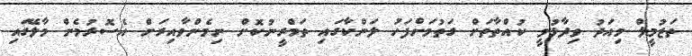
ތަޒުމީލް މިއަދު ވިދާޅުވީ ކުއްތާތަށް ގަތުމަށްފަހު ލަންކާގައި ތަމްރީނުކޮށް ނިމެންވާއިރަށް އެސޮރުމެން މާލޭގައި